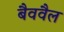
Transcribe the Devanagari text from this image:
बैववैल